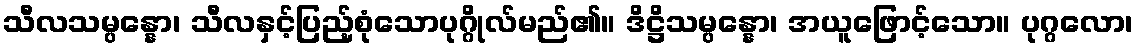
သီလသမ္ပန္နော၊ သီလနှင့်ပြည့်စုံသောပုဂ္ဂိုလ်မည်၏။ ဒိဋ္ဌိသမ္ပန္နော၊ အယူဖြောင့်သော။ ပုဂ္ဂလော၊